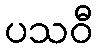
ပသဝီ